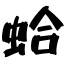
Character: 蛤